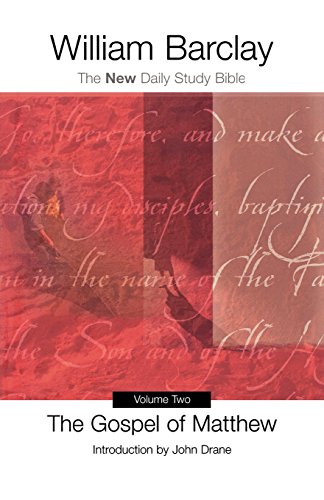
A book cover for Gospel of Matthew, Vol. 2 (New Daily Study Bible); William Barclay; Christian Books & Bibles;